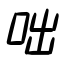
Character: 咄